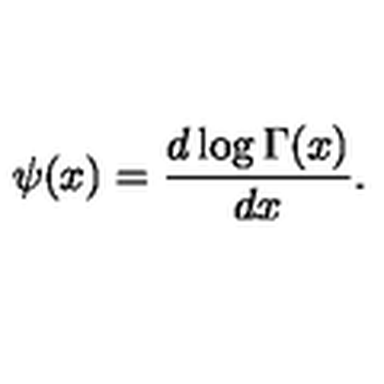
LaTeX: \psi ( x ) = \frac { d \log \Gamma ( x ) } { d x } .